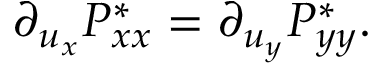
\partial _ { u _ { x } } P _ { x x } ^ { * } = \partial _ { u _ { y } } P _ { y y } ^ { * } .